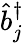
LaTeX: \hat{b}_{j}^{\dagger}